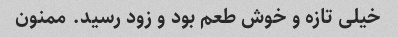
خیلی تازه و خوش طعم بود و زود رسید. ممنون